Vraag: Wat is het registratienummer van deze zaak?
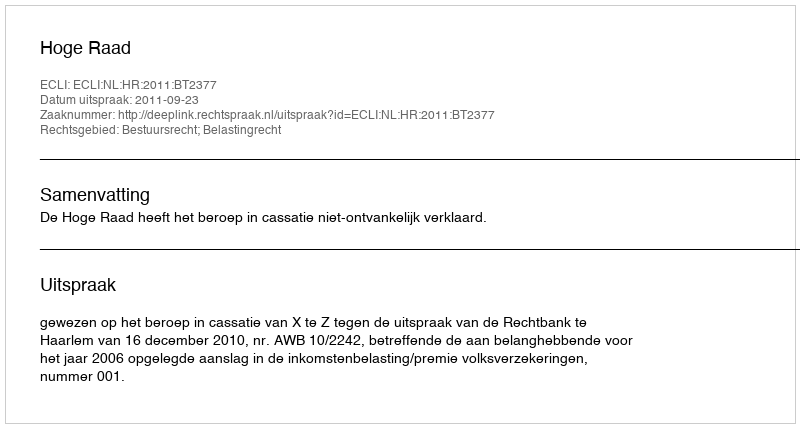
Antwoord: http://deeplink.rechtspraak.nl/uitspraak?id=ECLI:NL:HR:2011:BT2377